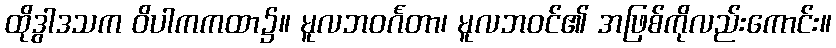
ထိုဒွါဒသက ဝိပါကကထာ၌။ မူလဘဝင်္ဂတာ၊ မူလဘဝင်၏ အဖြစ်ကိုလည်းကောင်း။